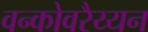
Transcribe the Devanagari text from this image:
वन्कोवरैय्यन